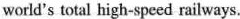
world's total high-speed railways.